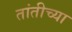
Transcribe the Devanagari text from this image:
तांतीच्या